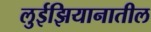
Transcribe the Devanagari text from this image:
लुईझियानातील